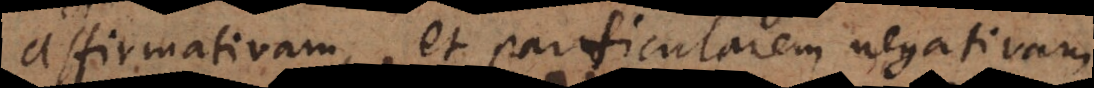
affirmativam, et particularem negativam